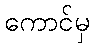
ကောင်မှ